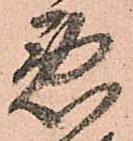
悪